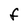
Character: F